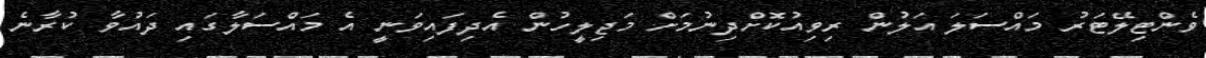
ވެންޓިލޭޓަރު މައްސަލަ އަލުން ރިވިއުކޮށްދިނުމަށް މަޖިލީހުން އެދިފައިވަނީ އެ މައްސަލާގައި ދައުވާ ކުރާނެ